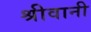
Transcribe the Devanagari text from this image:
श्रीवानी